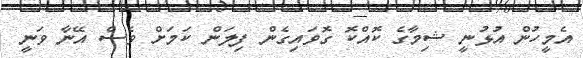
އެމީހުން އުޅުނީ ޝިމާގެ ކޮއްކޮ ގޮވައިގެން ފިލަން ކަމަށް ވެސް އޭނާ ވަނީ